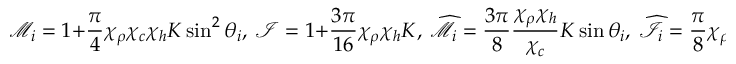
\mathcal { M } _ { i } = 1 + \frac { \pi } { 4 } \chi _ { \rho } \chi _ { c } \chi _ { h } K \sin ^ { 2 } \theta _ { i } , ~ \mathcal { I } = 1 + \frac { 3 \pi } { 1 6 } \chi _ { \rho } \chi _ { h } K , ~ \widehat { \mathcal { M } } _ { i } = \frac { 3 \pi } { 8 } \frac { \chi _ { \rho } \chi _ { h } } { \chi _ { c } } K \sin \theta _ { i } , ~ \widehat { \mathcal { I } } _ { i } = \frac { \pi } { 8 } \chi _ { \rho } \chi _ { c } ^ { 2 } \chi _ { h } K \sin \theta _ { i } ,